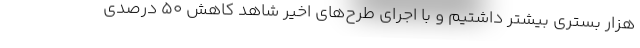
هزار بستری بیشتر داشتیم و با اجرای طرح‌های اخیر شاهد کاهش ۵۰ درصدی